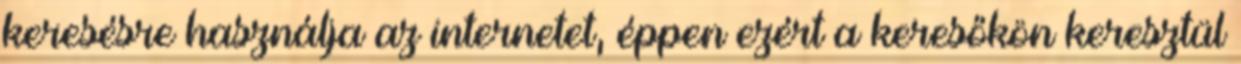
keresésre használja az internetet, éppen ezért a keresőkön keresztül